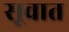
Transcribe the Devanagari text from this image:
सूवात